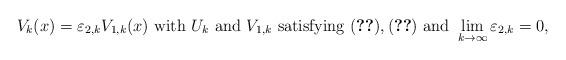
LaTeX: \begin{align*}V_k(x)=\varepsilon_{2,k}V_{1,k}(x) \mbox{ with } U_k \mbox{ and } V_{1,k} \mbox{ satisfying } \eqref{limpofn}, \eqref{limpof2n} \mbox{ and } \lim_{k \to \infty} \varepsilon_{2,k} = 0,\end{align*}